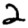
Digit: 2